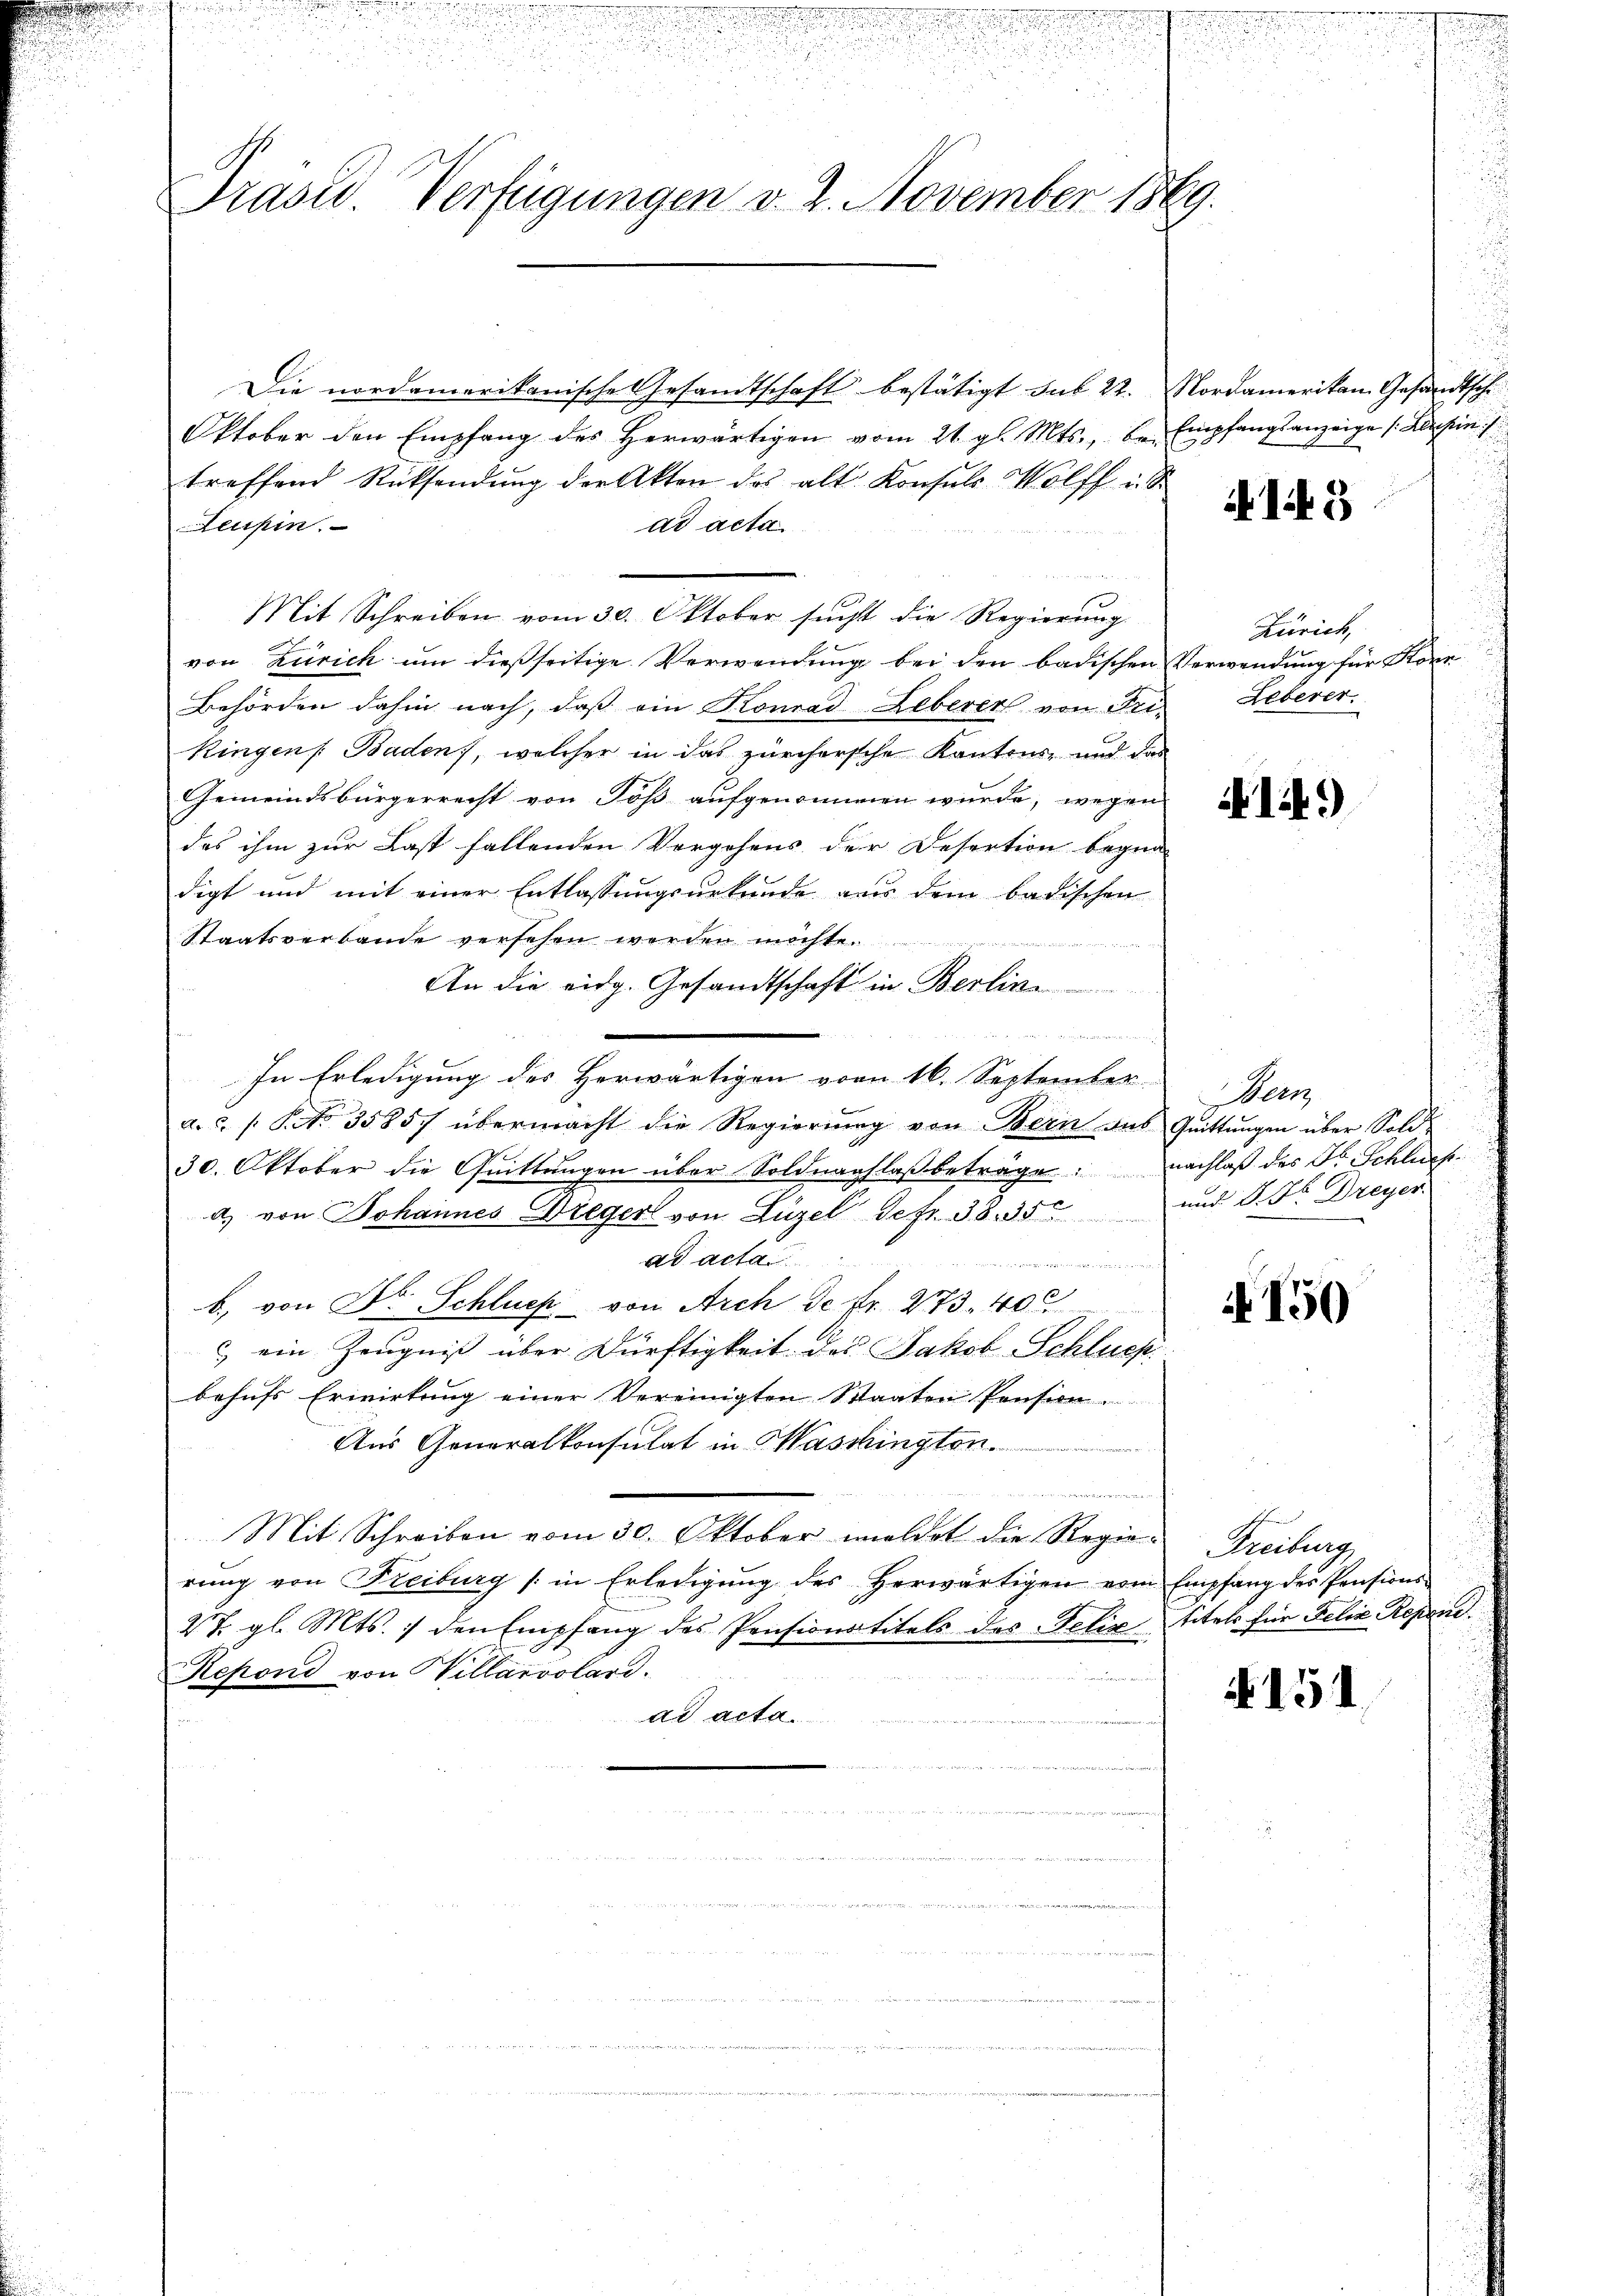
.
Präsid. Verfügungen v. 2. November 1869.

Die nordamerikanische Gesandtschaft bestätigt sub 22.
Oktober den Empfang des herwärtigen vom 21. gl. Mts., be-
treffend Rücksendŭng der Akten des alt. Konsuls Wolff u.
Leupin.
ad acta
Mit Schreiben vom 30. Oktober sucht die Regierung
von Zürich um dießseitige Verwendung bei den badischen
Behörden dahin nach, daß ein Konrad Leberer von Fri-
Kingen Baden), welcher in das zürchersche Kantons- und das
Gemeindsbürgerrecht von Töß aufgenommen wurde, wegen
das ihm zur Last fallenden Vorgehens der Desertion begna-
digt und mit einer Entlassungsurkunde aus dem badischen
Staatsverbande versehen werden möchte.

An die eidg. Gesandtschaft in Berlin
n
In Erledigung des Herwärtigen vom 16. September
a.c. s. S. Nr. 3585/ übermacht die Regierŭng von Bern das Quittungen über Sold¬
30. Oktober die Quittungen über Soldnachlaβ beträge: Nachlaß des Dr. Schließa) von Johannes Dreyer von Luzel Sefr. 38. 35 und S. Fr. Dreyer
ad acta
 gehen, der den der die
b. von Dr Schlues von Arch de Nr. 273. 400
) ein Zeugniß über Dürftigkeit des Jakob Schluch
behufs Erwirkung einer Vereinigten Staaten Pension.
Aus Generalkonsulat in Maschingten.
e
Mit Schreiben vom 30. Oktober meldet die Regie-Freiburg
rŭng von Freiburg (in Erledigŭng des herwärtigen vom Empfang der Pensions-
27. gl. Mts. ) den Empfang des Pensionstitels des Petiz
Repond von Hillarvolard.
abi und an die weder
ad acta.

Nordamerikan. Gesandtsch
Empfangsanzeige (Abschein

15

Zürich,
Verwendung für Kore
Leberer.

14.)

Bern

N 150

Titels für Felix Repen.

A 151